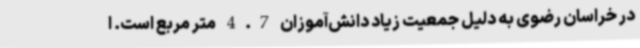
در خراسان رضوی به دلیل جمعیت زیاد دانش‌آموزان 4.7 متر مربع است. ا